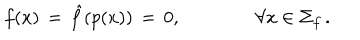
f ( x ) \, = \, \hat { f } ( p ( x ) ) \, = \, 0 , \hspace { 4 e m } \forall x \in \Sigma _ { f } \, .